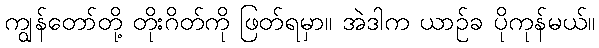
ကျွန်တော်တို့ တိုးဂိတ်ကို ဖြတ်ရမှာ။ အဲဒါက ယာဉ်ခ ပိုကုန်မယ်။